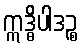
ဣဒ္ဓိပါဒဉ္စ